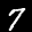
Label: 7